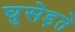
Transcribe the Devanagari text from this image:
घुसेड़ते